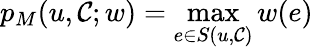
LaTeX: p_{M}(u,\mathcal{C};w)=\operatorname*{max}_{e\in S(u,\mathcal{C})}w(e)